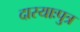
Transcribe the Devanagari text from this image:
दास्याःपुत्र